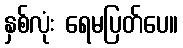
နှစ်လုံး ရေမပြတ်ပေ။